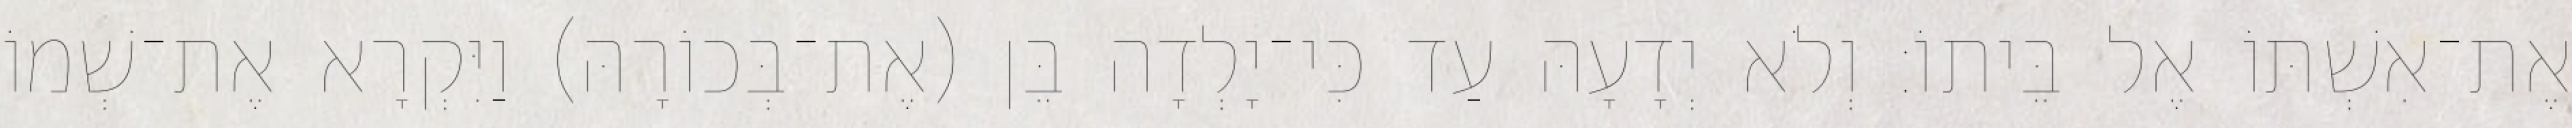
אֶת־אִשְׁתּוֹ אֶל בֵּיתוֹ׃ וְלֹא יְדָעָהּ עַד כִּי־יָלְדָה בֵּן (אֶת־בְּכוֹרָהּ) וַיִּקְרָא אֶת־שְׁמוֹ